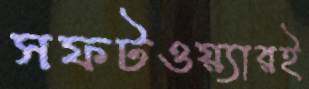
সফটওয়্যারই